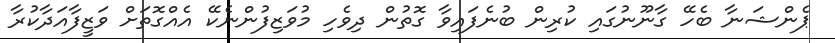
ޕެންޝަނާ ބެހޭ ގާނޫނުގައި ކުރިން ބުނެފައިވާ ގޮތުން ދިވެހި މުވަޒިފުންނެކޭ އެއްގޮތަށް ވަޒީފާއަދާކުރާ